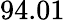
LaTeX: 94.01